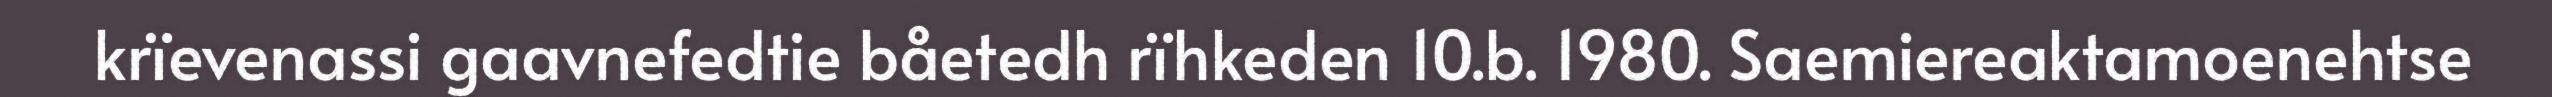
krïevenassi gaavnefedtie båetedh rïhkeden 10.b. 1980. Saemiereaktamoenehtse